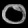
Digit: ၀